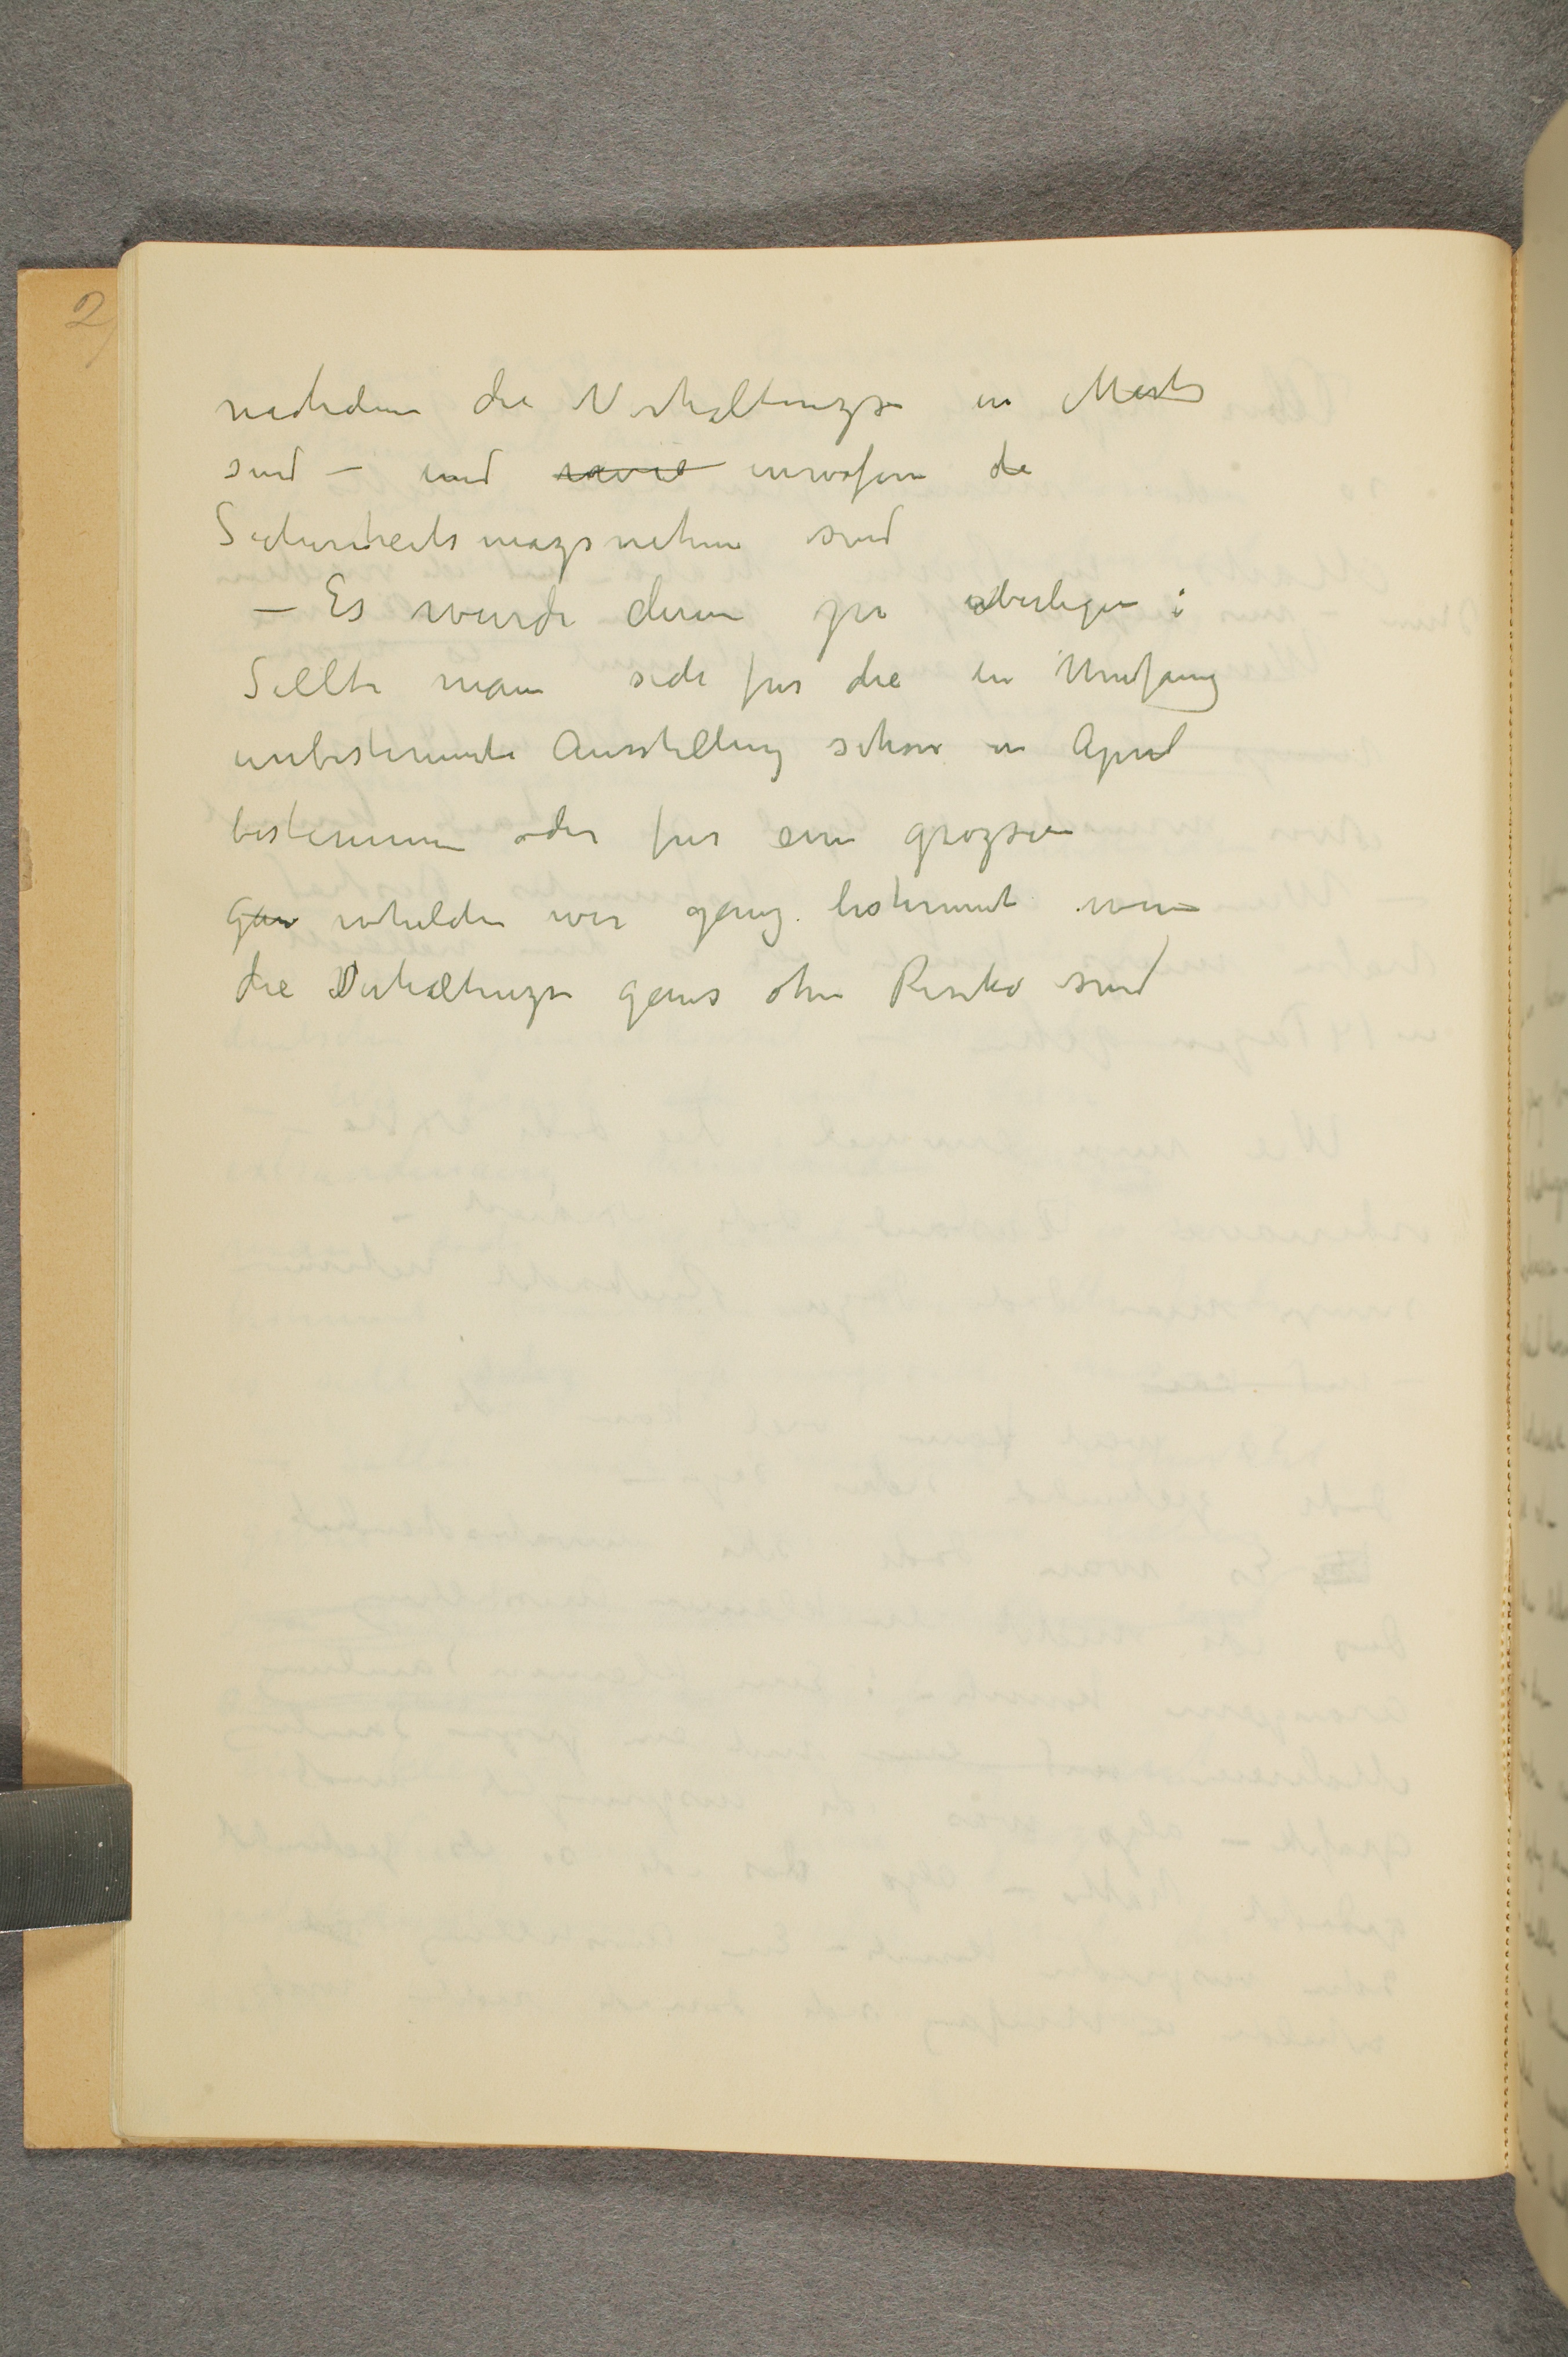
nachdem die Verhaltnizs in Merts
sind - und ... inwifern die
Sicherheits mazs nahm sind
- Es wurde dann zu uberlegen:
Sollte man sich fur die an Umfang
unbestimmte Ausstellung schon im April
bestimmen oder fur eine grozsere
Ga... whelche wir ganz bestimmt wenn
die Verhaltnizse ganz ohne Risiko sind